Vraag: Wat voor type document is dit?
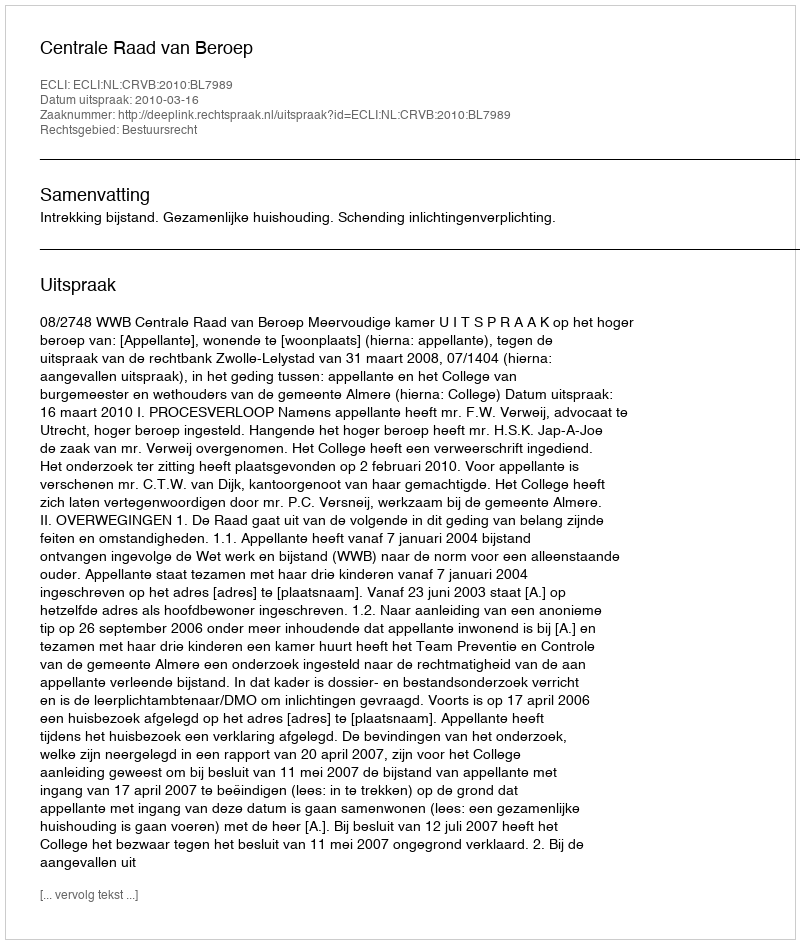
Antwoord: Uitspraak